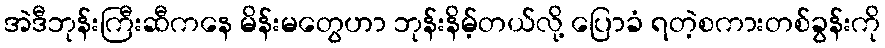
အဲဒီဘုန်းကြီးဆီကနေ မိန်းမတွေဟာ ဘုန်းနိမ့်တယ်လို့ ပြောခံ ရတဲ့စကားတစ်ခွန်းကို